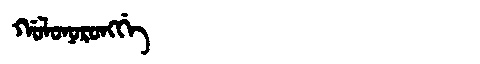
Manchu: ᡤᠣᠯᠣᠨᠣᡵᠣᠩᡤᡝ
Romanization: GOLONORONGGE